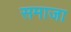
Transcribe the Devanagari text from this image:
समाजा